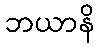
ဘယာနိ